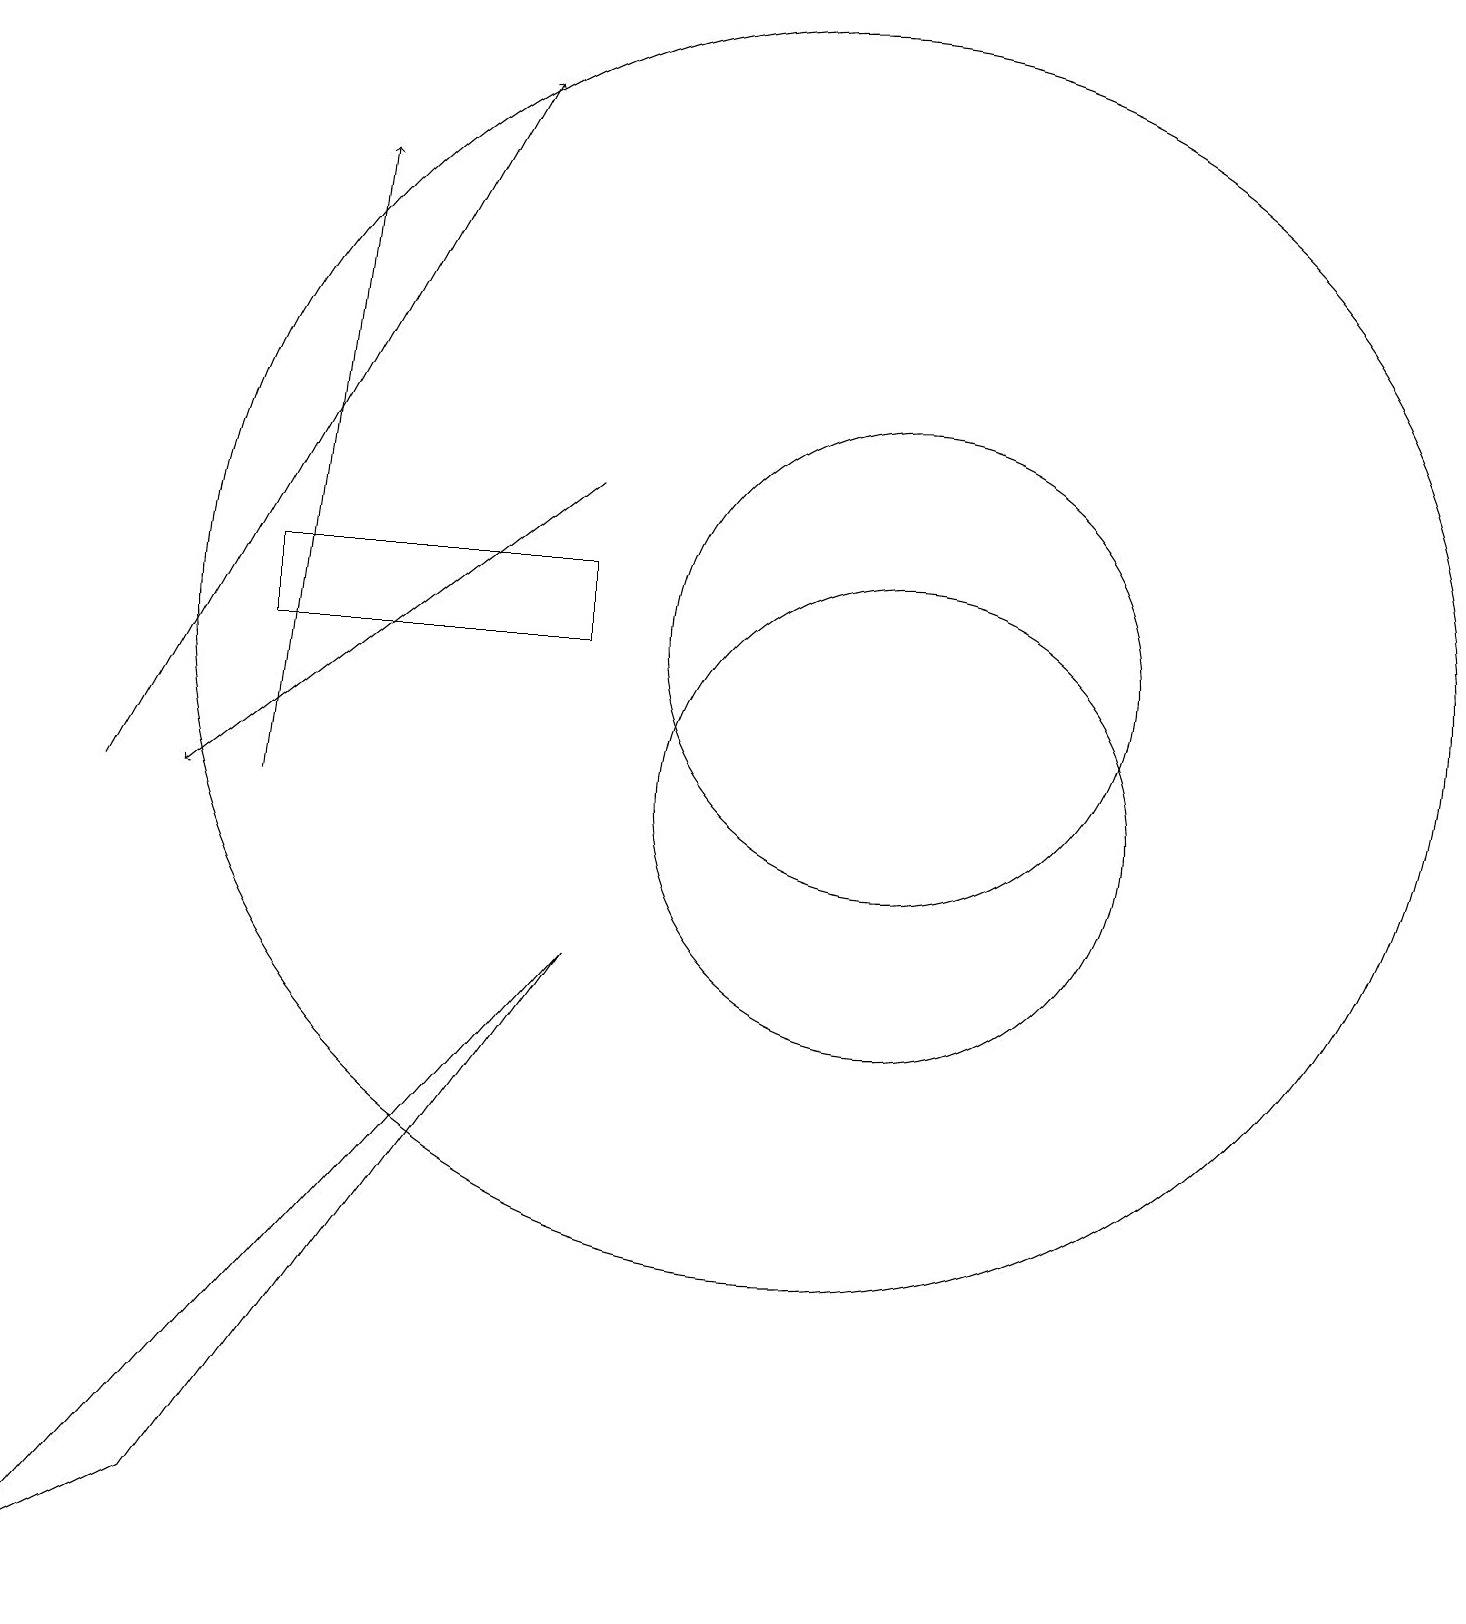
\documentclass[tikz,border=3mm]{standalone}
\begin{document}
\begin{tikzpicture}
\draw (10,12) circle (8);
\draw[->] (3,10) -- (4,18);
\draw (3,12) rectangle (7,13);
\draw (2,1) -- (7,8) -- (0,0) -- cycle;
\draw[->] (7,14) -- (2,10);
\draw (11,10) circle (3);
\draw[->] (1,10) -- (6,19);
\draw (11,12) circle (3);
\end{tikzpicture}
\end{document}